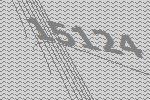
15124